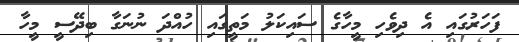
ފަހަރުގައި އެ ދިވެހި މީހާގެ ސައިކަލު މަތީގައި ހުއްދަ ނުނަގާ ބިދޭސީ މީހާ